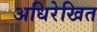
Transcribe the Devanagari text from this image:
अधिरेखित